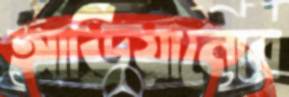
আড্রিয়ানোর